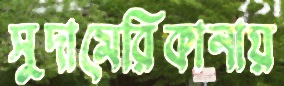
সুদামেরিকানায়